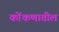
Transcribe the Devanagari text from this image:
कोंकणातील